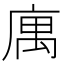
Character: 庽